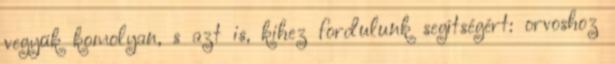
vegyük komolyan, s azt is, kihez fordulunk segítségért: orvoshoz